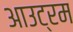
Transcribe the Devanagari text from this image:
आउट्रम